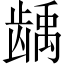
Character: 龋